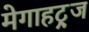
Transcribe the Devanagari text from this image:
मेगाहट्र्ज